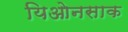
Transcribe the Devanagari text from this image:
यिओनसाक